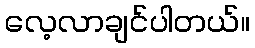
လေ့လာချင်ပါတယ်။